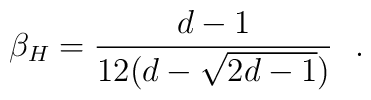
\beta_H = {d-1\over 12 (d - \sqrt{2d-1})}~~.